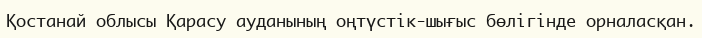
Қостанай облысы Қарасу ауданының оңтүстік-шығыс бөлігінде орналасқан.